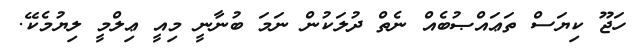
ހަޖޫ ކިޔަސް ތަޢައްޞުބެއް ނެތް ދުލަކުން ނަމަ ބުނާނީ މިއީ ޢިލްމީ ލިޔުމެކޭ.